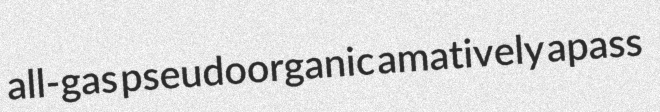
all-gas pseudoorganic amatively apass